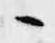
々